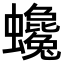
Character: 𧕃